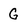
Character: G